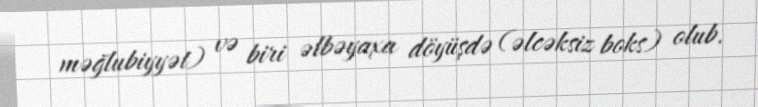
məğlubiyyət) və biri əlbəyaxa döyüşdə (əlcəksiz boks) olub.